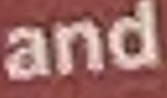
and